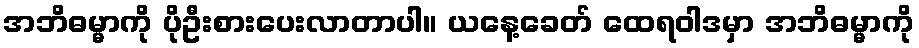
အဘိဓမ္မာကို ပိုဦးစားပေးလာတာပါ။ ယနေ့ခေတ် ထေရဝါဒမှာ အဘိဓမ္မာကို